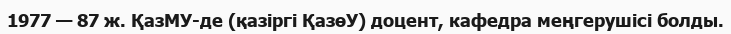
1977 — 87 ж. ҚазМУ-де (қазіргі ҚазөУ) доцент, кафедра меңгерушісі болды.